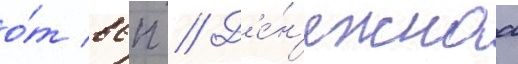
о́т ввп // Д'е́н'ежнаа